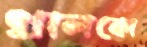
খালকো